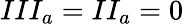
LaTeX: III_{a}=II_{a}=0